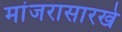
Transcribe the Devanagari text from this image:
मांजरासारखे